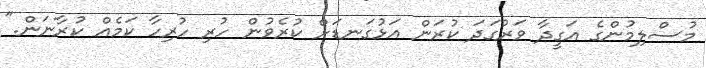
މުސްލިމުންގެ އަގީދާ ވަރުގަދަ ކުރަން އަޅުގަނޑަށް ކުރެވުން ހުރި ހުރިހާ ކަމެއް ކުރާނަން."